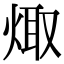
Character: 𭴻